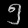
Digit: ၅